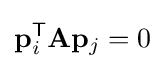
\mathbf {p} _{i}^{\mathsf {T}}\mathbf {A} \mathbf {p} _{j}=0